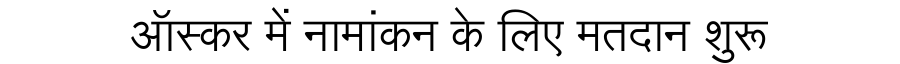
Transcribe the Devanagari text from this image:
ऑस्कर में नामांकन के लिए मतदान शुरू